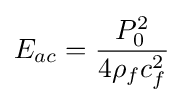
{E_{ac}}={{P_{0}^{2}} \over {4{\rho _{f}}c_{f}^{2}}}